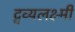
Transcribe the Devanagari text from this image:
द्वव्यलक्ष्मी